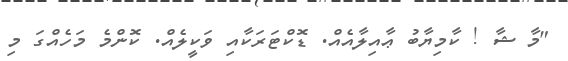
"މާ ޝާ ! ކާމިޔާބު ޢާއިލާއެއް. ޑޮކްޓަރަކާއި ވަކީލެއް. ކޮންމެ މަހެއްގަ މި